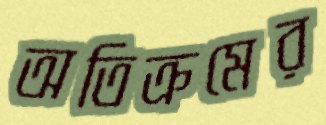
অতিক্রমের